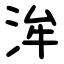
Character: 洠